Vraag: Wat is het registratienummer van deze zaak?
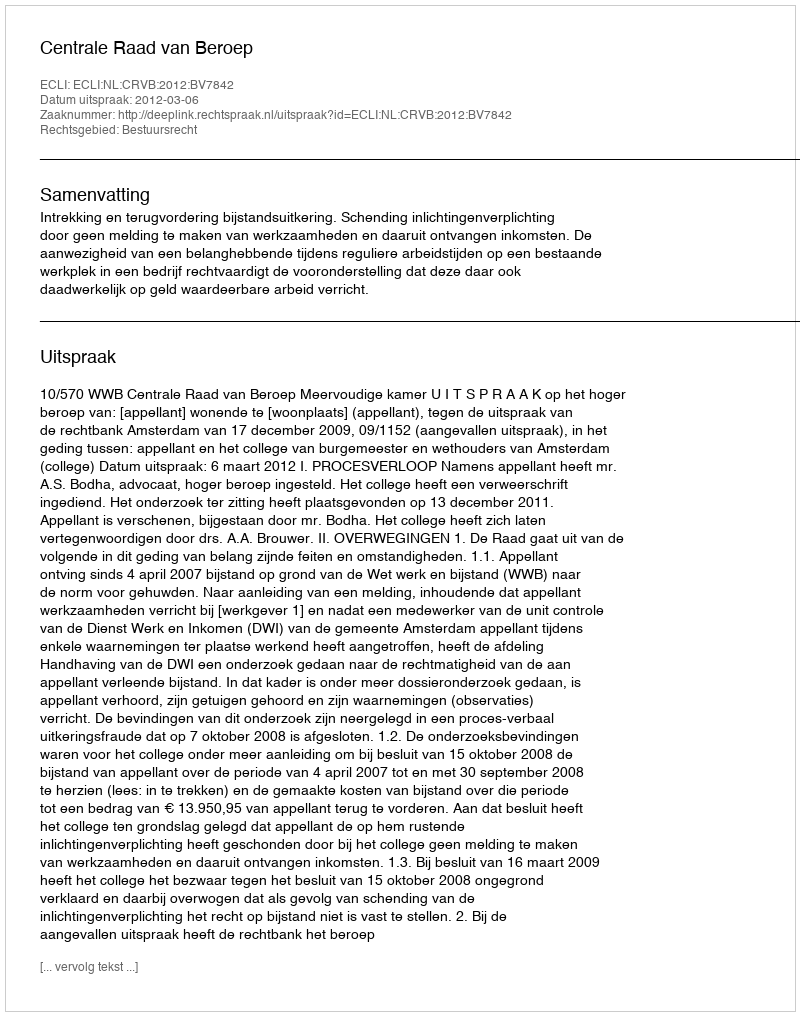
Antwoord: http://deeplink.rechtspraak.nl/uitspraak?id=ECLI:NL:CRVB:2012:BV7842